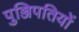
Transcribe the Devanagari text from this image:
पुञ्जिपतियों